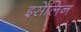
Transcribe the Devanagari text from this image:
इसेलिन